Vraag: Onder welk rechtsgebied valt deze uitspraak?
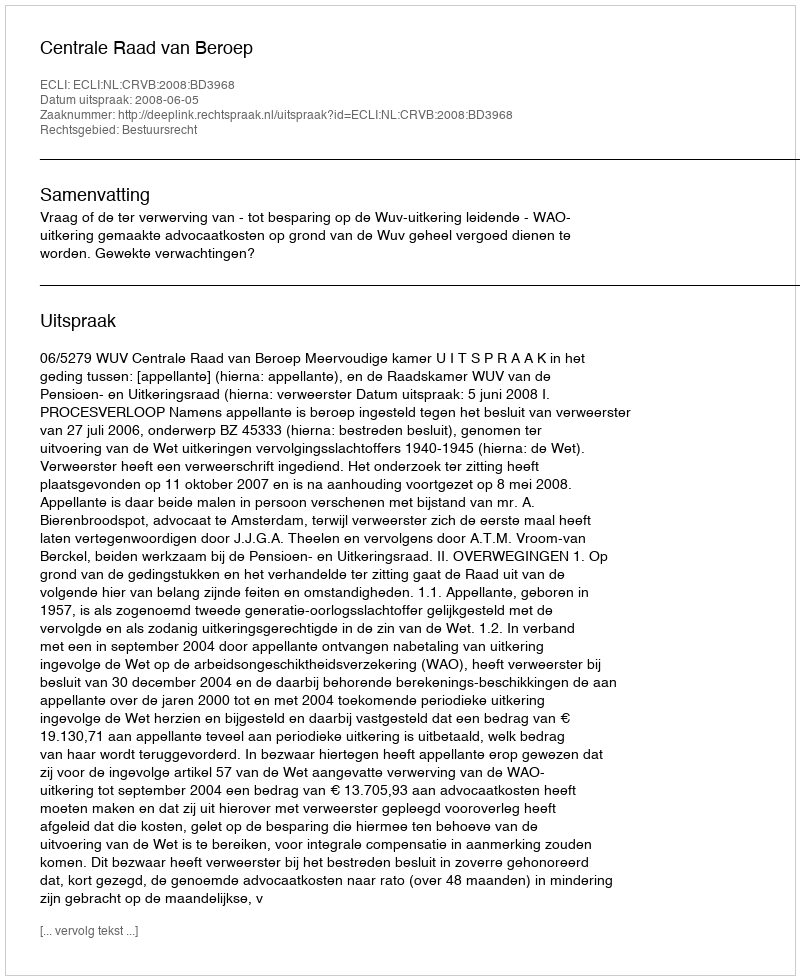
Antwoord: Bestuursrecht